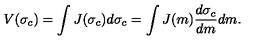
V ( \sigma _ { c } ) = \int J ( \sigma _ { c } ) d \sigma _ { c } = \int J ( m ) \frac { d \sigma _ { c } } { d m } d m .